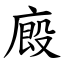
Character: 廄